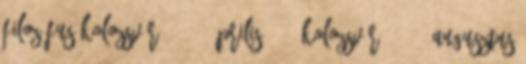
filozófus Kolozsvár, 1954. április 6. – Kolozsvár, 2018. augusztus